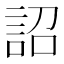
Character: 詔